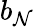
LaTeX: b_{\mathcal{N}}